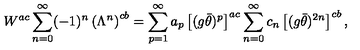
W ^ { a c } \sum _ { n = 0 } ^ { \infty } ( - 1 ) ^ { n } \left( \Lambda ^ { n } \right) ^ { c b } = \sum _ { p = 1 } ^ { \infty } a _ { p } \left[ ( g \bar { \theta } ) ^ { p } \right] ^ { a c } \sum _ { n = 0 } ^ { \infty } c _ { n } \left[ ( g \bar { \theta } ) ^ { 2 n } \right] ^ { c b } ,